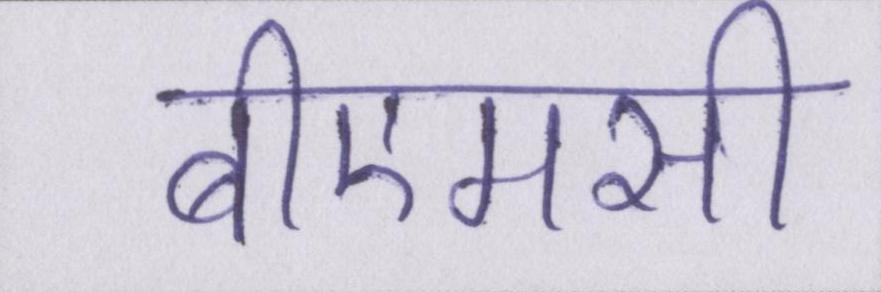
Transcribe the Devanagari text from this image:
बीएमसी